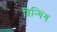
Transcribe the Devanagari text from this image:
ब्रिन्गिंग